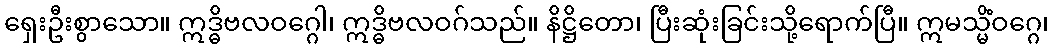
ရှေးဦးစွာသော။ ဣဒ္ဓိဗလဝဂ္ဂေါ၊ ဣဒ္ဓိဗလဝဂ်သည်။ နိဋ္ဌိတော၊ ပြီးဆုံးခြင်းသို့ရောက်ပြီ။ ဣမသ္မိံဝဂ္ဂေ၊